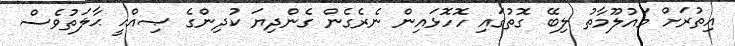
އިތުރަށް މައުލޫމާތު ލިބޭ ގޮތުގައި ހޮހޮޅައިން ނެރެގެން ގެންދިޔަ ކުދިންގެ ޞިއްޙީ ޙާލަތުވެސް